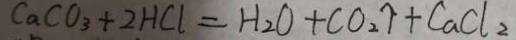
C a C O _ { 3 } + 2 H C l = H _ { 2 } O + C O _ { 2 } \uparrow + C a C l _ { 2 }